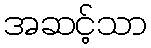
အဆင့်သာ